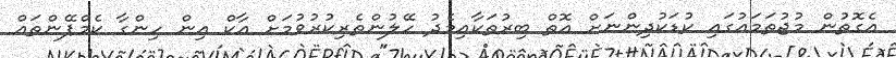
އެގޮތުން މުޖުތަމައުގައި ކުޑަކުދިންނަށް އޮތް ބިރުތަކާއިމެދު ހޭލުންތެރިކުރުވުމަށް އާކް އިން ހިންގާ ކެމްޕޭންތައް